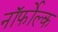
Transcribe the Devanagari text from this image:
नॉर्फोल्क